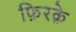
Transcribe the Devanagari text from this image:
फ़िरके़